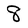
Character: 8